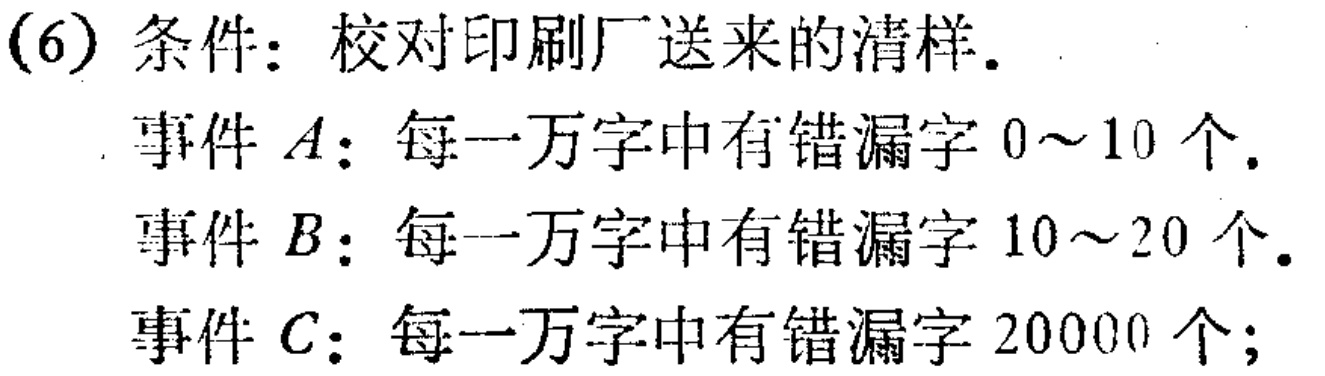
(6) 条件：校对印刷厂送来的清样.
事件 \(A\)：每一万字中有错漏字 \(0\sim 10\) 个.
事件 \(B\)：每一万字中有错漏字 \(10\sim 20\) 个.
事件 \(C\)：每一万字中有错漏字 \(20000\) 个;